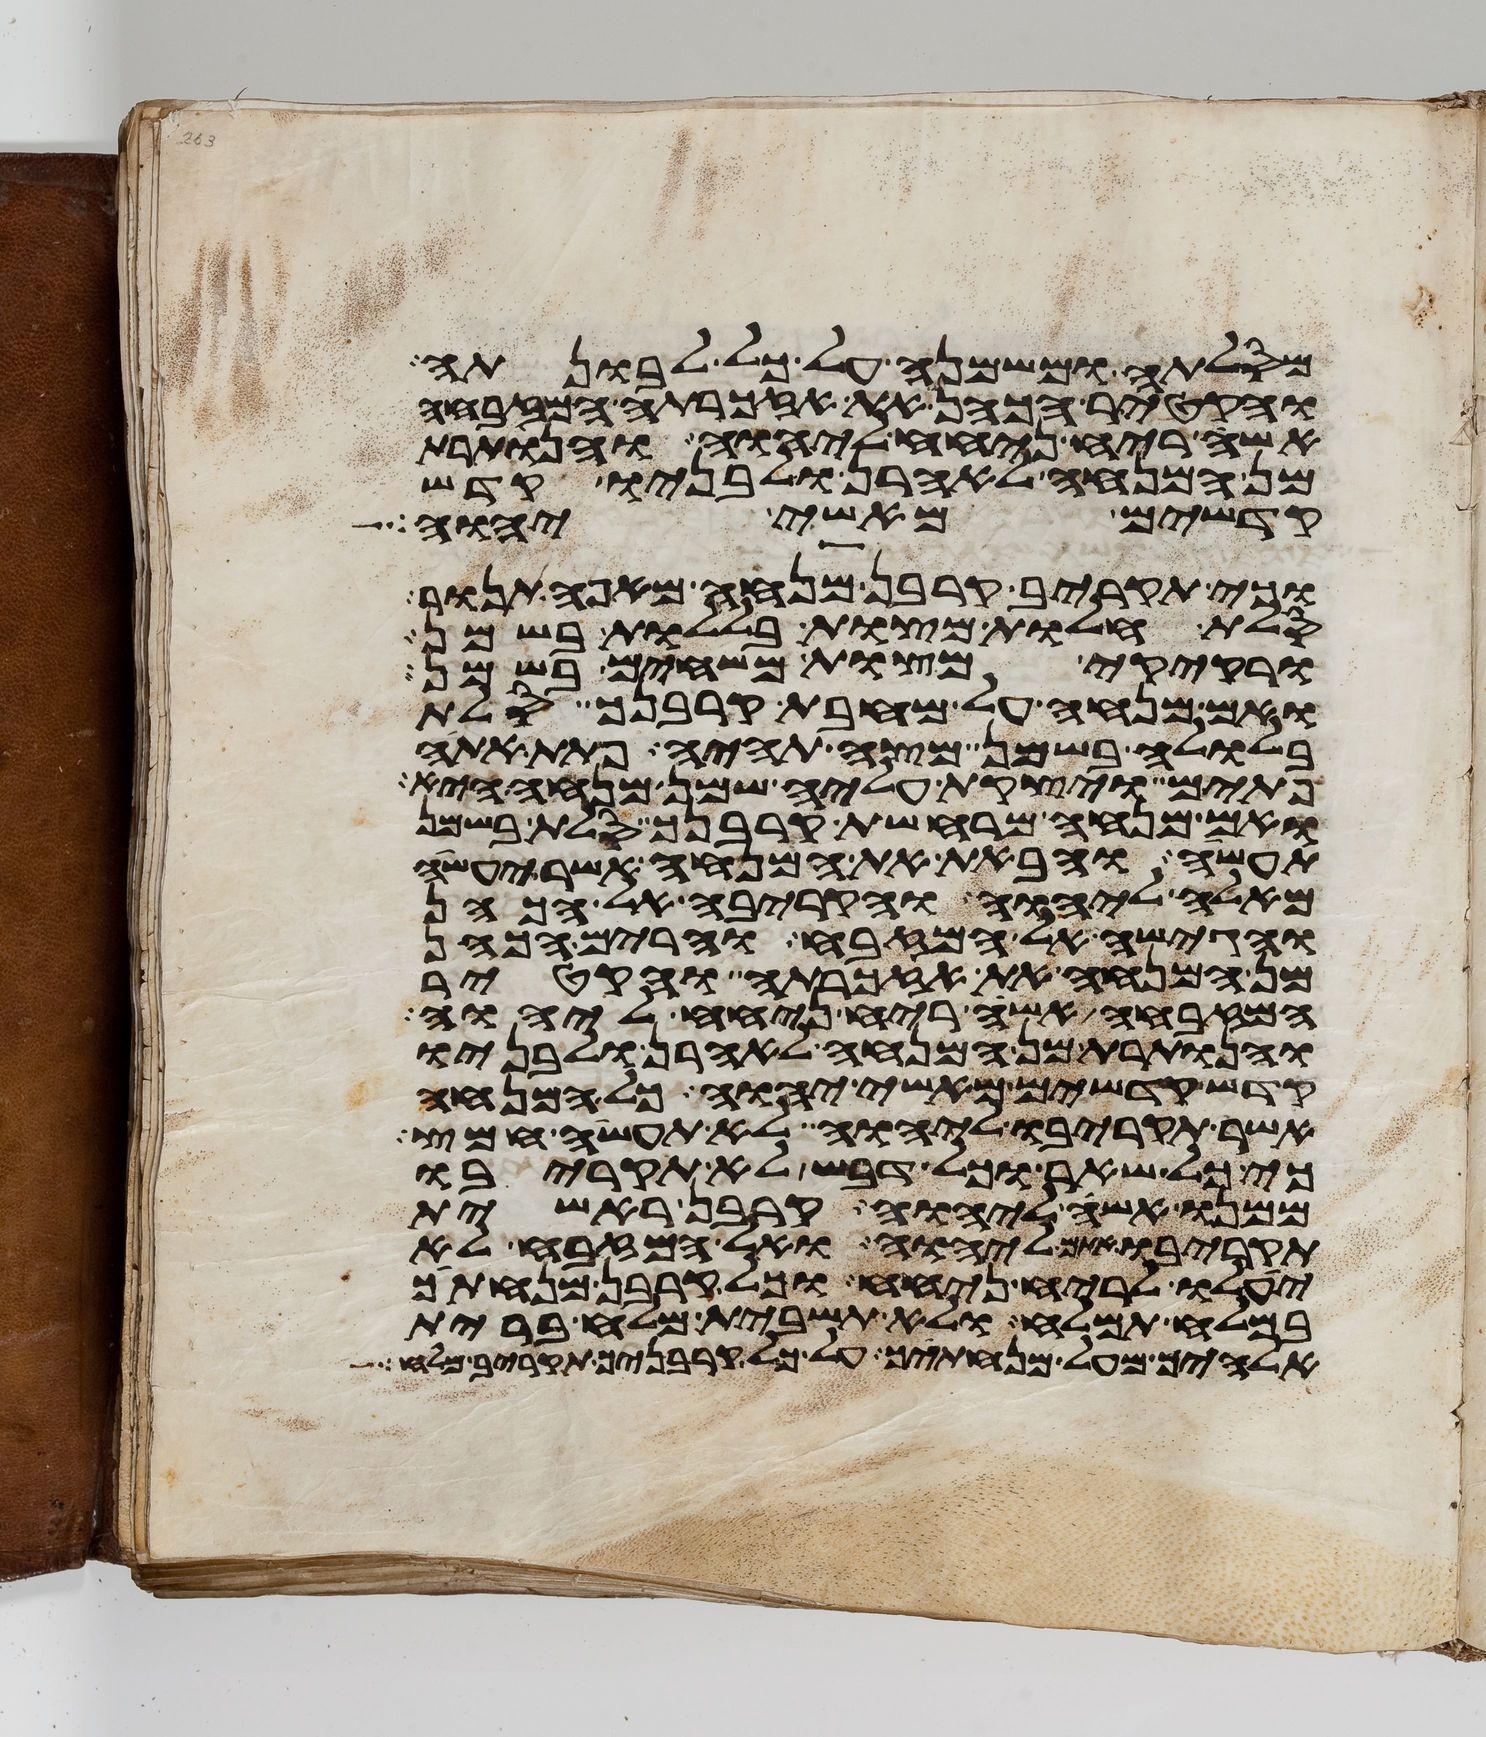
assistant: מסלתה ומשמנה על כל לבונתה
והקטיר הכהן את אזכרתה המזבחה
אשה ריח ניחח ליהוה והנותרת
מן המנחה לאהרן ולבניו קדש
קדשים מאשי יהוה
וכי תקריב קרבן מנחה מאפה תנור
סלת חלות מצות בללות בשמן
ורקיקי מצות משחים בשמן
ואם מנחה על מחבת קרבנך סלת
בלולה בשמן מצה תהיה פתת אתה
פתים ויצקת עליה שמן מנחה היא
ואם מנחה מרחשת קרבנך סלת בשמן
תעשה והבאת את המנחה אשר יעשה
מאלה ליהוה והקריבה אל הכהן
והגישה אל המזבח והרים הכהן
מן המנחה את אזכרתה והקטיר
המזבחה אשה ריח ניחח ליהוה
והנותרת מן המנחה לאהרן ולבניו
קדש קדשים מאשי יהוה כל המנחה
אשר תקריבו ליהוה לא תעשה חמץ
כי כל שאר וכל דבש לא תקריבו
ממנו אשה ליהוה קרבן ראשית
תקריבו אתם ליהוה ואל המזבח לא
יעלו לריח ניחח וכל קרבן מנחתך
במלח תמלח ולא תשבית מלח ברית
אלהיך מעל מנחתך על כל קרבניך תקריב מלח